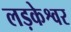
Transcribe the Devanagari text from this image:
लड़केश्वर